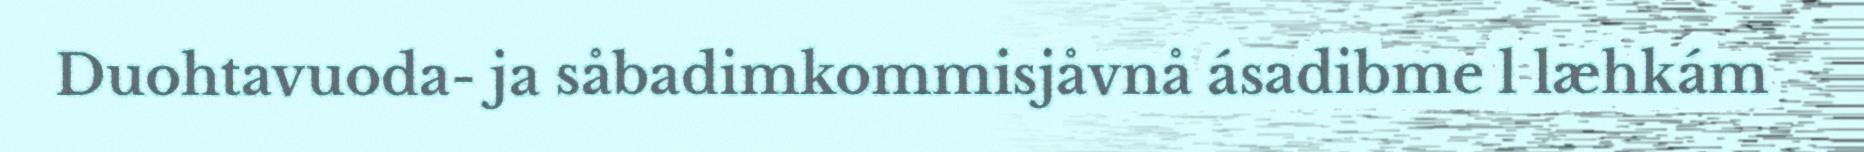
Duohtavuoda- ja såbadimkommisjåvnå ásadibme l læhkám